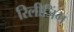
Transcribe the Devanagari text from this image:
रिलीजिंग